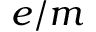
e / m